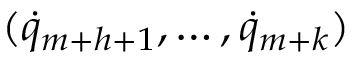
( { \dot { q } } _ { m + h + 1 } , \dots , { \dot { q } } _ { m + k } )